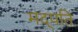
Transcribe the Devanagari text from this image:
मद्पति